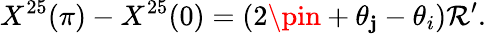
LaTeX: X^{25}(\pi)-X^{25}(0)=(2\pin+\theta_{\mathbf{j}}-\theta_{i})\mathcal{R}^{\prime}.